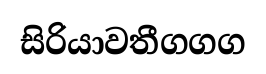
සිරියාවතීගගග